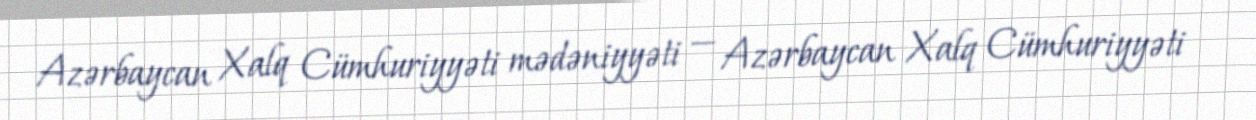
Azərbaycan Xalq Cümhuriyyəti mədəniyyəti — Azərbaycan Xalq Cümhuriyyəti